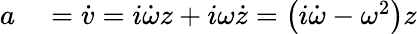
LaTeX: \begin{array}{rl}{a}&{{}={\dot{v}}=i{\dot{\omega}}z+i\omega{\dot{z}}=\left(i{\dot{\omega}}-\omega^{2}\right)z}\end{array}